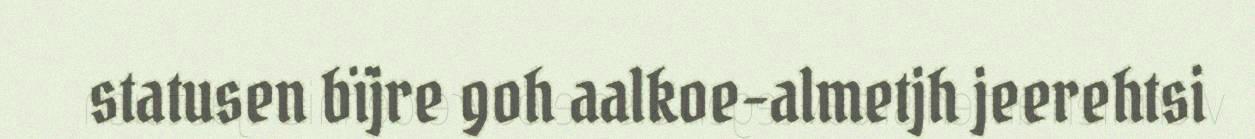
statusen bïjre goh aalkoe-almetjh jeerehtsi